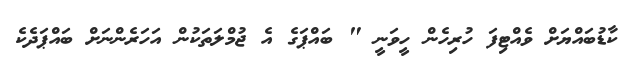
ކާޑުބައްޔަށް ވެއްޓިފަ ހުރިހެން ހީވަނީ " ބައްޕަގެ އެ ޖުމްލަތަކުން އަހަރެންނަށް ބައްޕަދެކެ